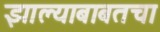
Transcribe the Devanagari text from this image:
झाल्याबाबतचा